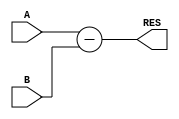
`timescale 1ns / 1ps

module unsigned_subtractor(
    input [7:0] A,
    input [7:0] B,
    output [7:0] RES
    );
	 
	 assign RES = A - B;

endmodule